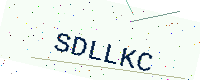
Text: SDLLKC